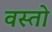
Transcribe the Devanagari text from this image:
वस्तो